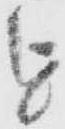
を